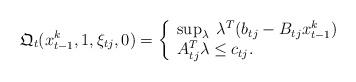
LaTeX: \begin{align*}\mathfrak{Q}_t ( x_{t-1}^k, 1 , \xi_{t j} , 0 ) = \left\{ \begin{array}{l}\sup_{\lambda } \;\lambda^T ( b_{t j} - B_{t j} x_{t-1}^k ) \\ A_{t j}^T \lambda \leq c_{t j}.\end{array}\right.\end{align*}